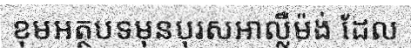
ខុមអត្ថបទមុនបុរសអាល្លឺម៉ង់ ដែល